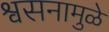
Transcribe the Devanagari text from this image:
श्वसनामुळे